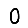
Digit: 0